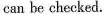
can be checked.